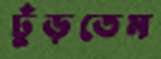
ঢুঁড়তেম